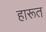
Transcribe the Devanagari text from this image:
हारूत